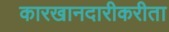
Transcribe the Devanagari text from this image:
कारखानदारीकरीता